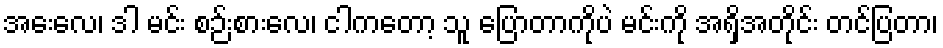
အေးလေ၊ ဒါ မင်း စဉ်းစားလေ၊ ငါကတော့ သူ ပြောတာကိုပဲ မင်းကို အရှိအတိုင်း တင်ပြတာ၊